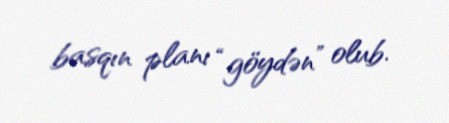
basqın planı “göydən” olub.